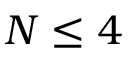
N \leq 4